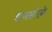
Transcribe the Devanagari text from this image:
डपसोने